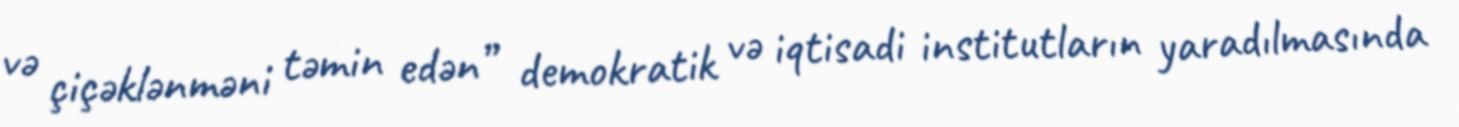
və çiçəklənməni təmin edən” demokratik və iqtisadi institutların yaradılmasında